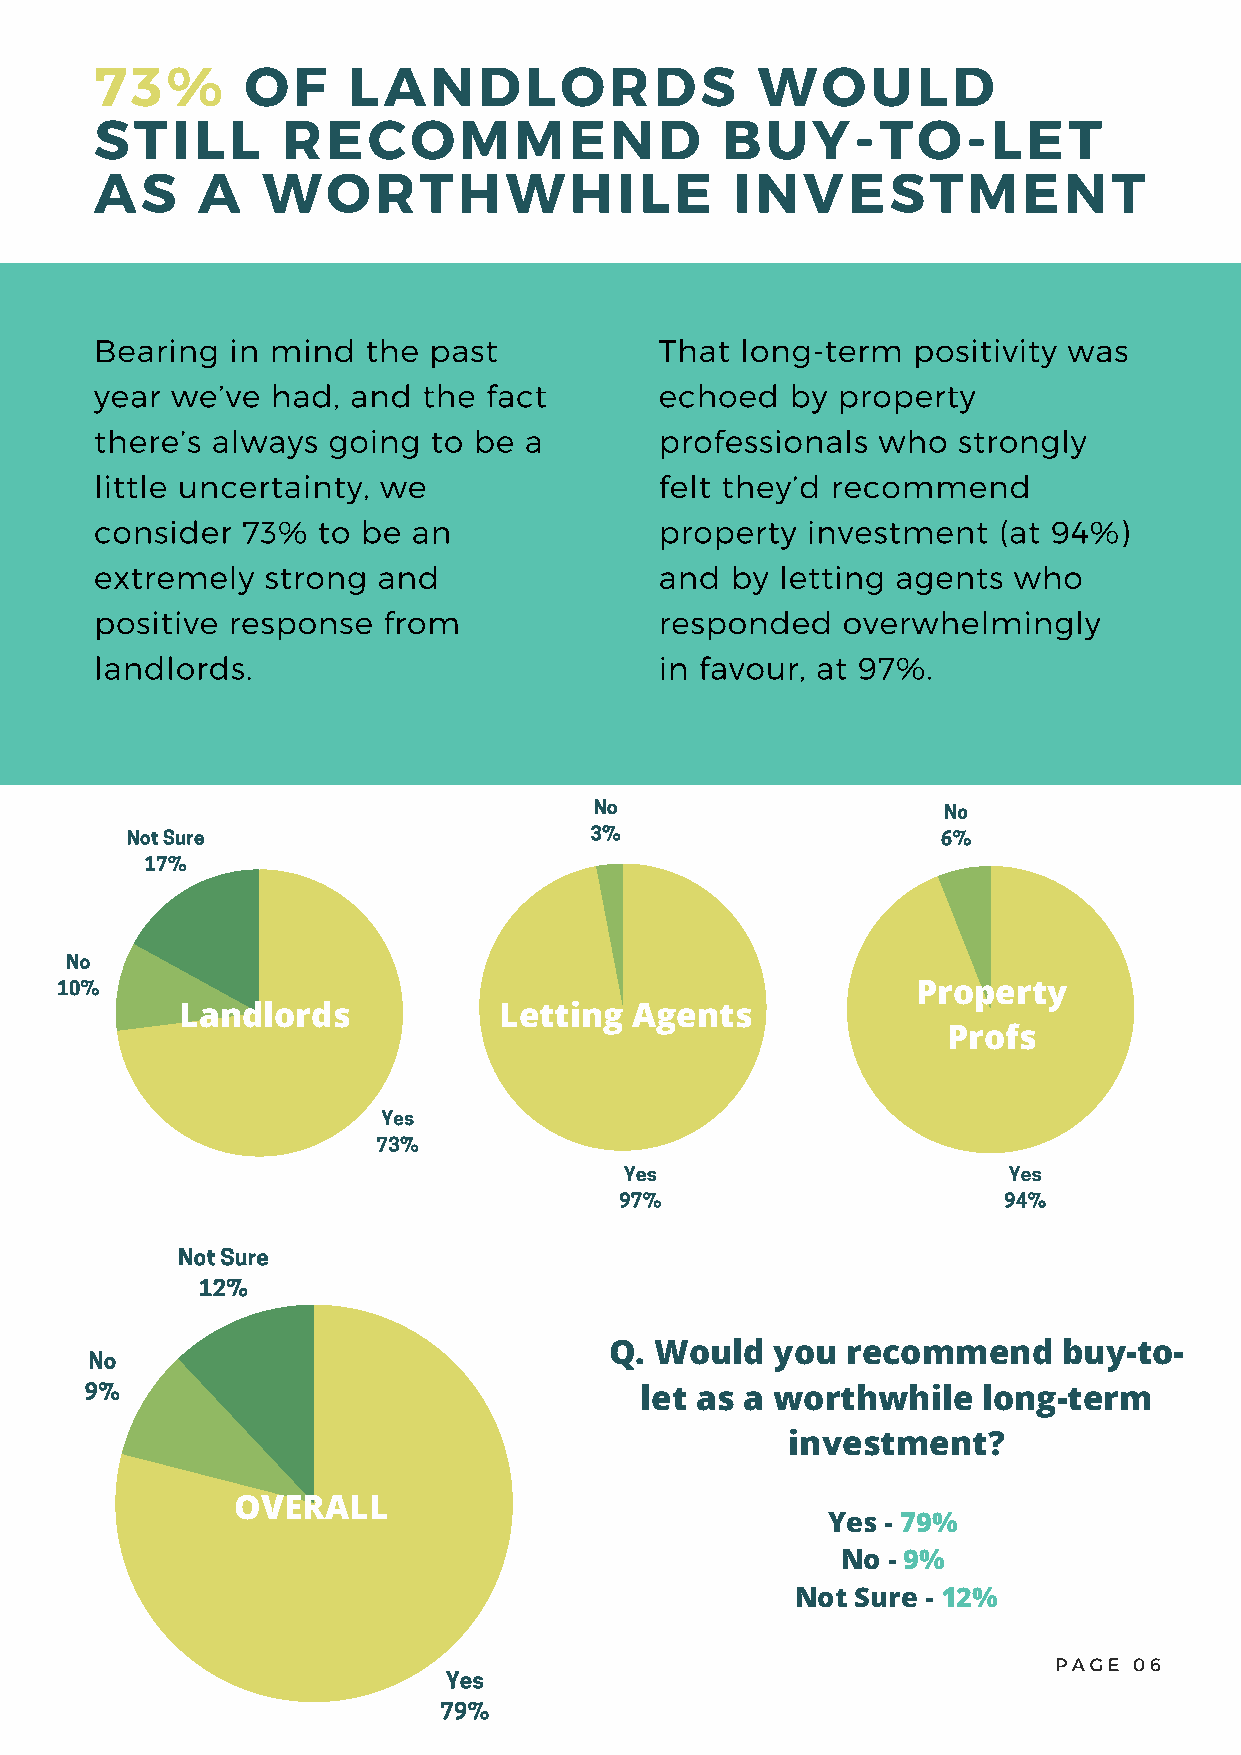
73%       OF     LANDLORDS                  WOULD
 STILL        RECOMMEND                    BUY-TO-LET
 AS     A   WORTHWHILE                      INVESTMENT
 Bearing  in mind  the past            That long-term  positivity was
 year we’ve  had, and  the fact        echoed  by property
 there’s always  going  to be a        professionals who  strongly
 little uncertainty, we                felt they’d recommend
 consider  73%  to be an               property investment   (at 94%)
 extremely   strong and                and by  letting agents who
 positive response  from               responded   overwhelmingly
 landlords.                            in favour, at 97%.
 No                     No
 Not Sure                       3%                     6%
 17%
 No
 10%                                                      Property
 Landlords            Letting  Agents
 Profs
 Yes
 73%
 Yes                       Yes
 97%                      94%
 Not Sure
 12%
 No                                Q. Would   you  recommend     buy-to-
 9%
 let as a worthwhile    long-term
 investment?
 OVERALL
 Yes - 79%
 No - 9%
 Not Sure - 12%
 PAGE 06
 Yes
 79%